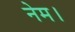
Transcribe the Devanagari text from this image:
नेम।